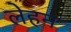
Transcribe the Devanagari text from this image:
लेहन